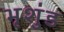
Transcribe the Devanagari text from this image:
भृशुंड